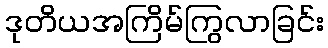
ဒုတိယအကြိမ်ကြွလာခြင်း